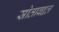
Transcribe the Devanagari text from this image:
स्रोताबद्दल